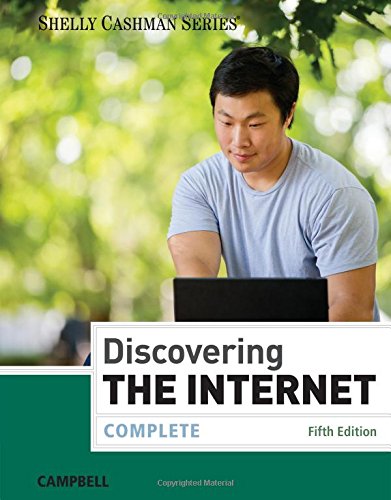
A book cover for Discovering the Internet: Complete; Jennifer Campbell; Computers & Technology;